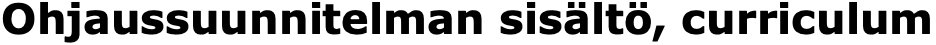
Ohjaussuunnitelman sisältö, curriculum